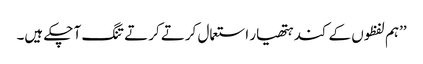
’’ہم لفظوں کے کند ہتھیار استعمال کرتے کرتے تنگ آ چکے ہیں۔